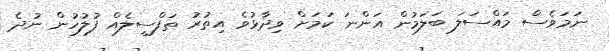
ނަމަވެސް މައްސަލަ ބަލަމުން އަންނަ ކަމަށް ވިދާޅުވެ އިތުރު ތަފްސީލެއް ފުލުހުން ނުދެ